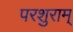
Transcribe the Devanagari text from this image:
परशुराम्